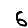
Digit: 6